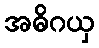
အဓိဂယှ